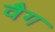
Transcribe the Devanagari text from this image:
वैग